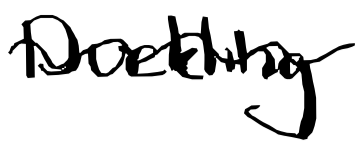
Text: Duckling
Cross-out: wave
Writing tool: digital_black